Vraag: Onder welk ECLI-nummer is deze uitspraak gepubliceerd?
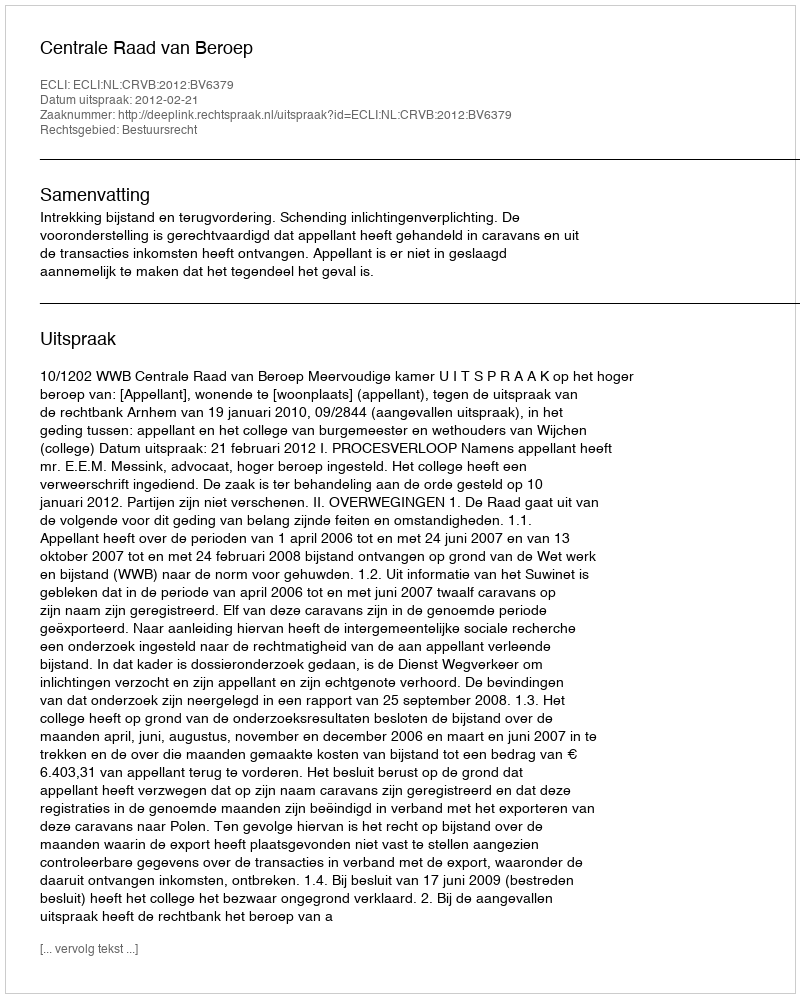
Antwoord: ECLI:NL:CRVB:2012:BV6379